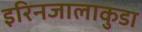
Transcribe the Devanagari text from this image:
इरिनजालाकुडा